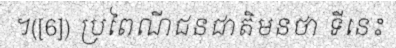
។([6]) ប្រពៃណីជនជាតិមនថា ទីនេះ